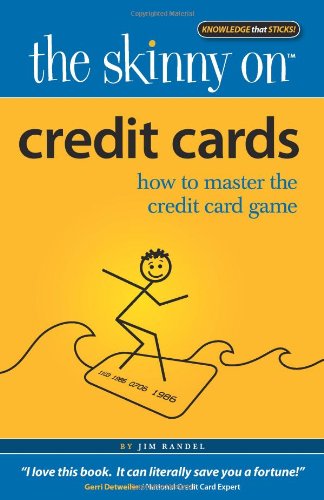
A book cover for The Skinny on Credit Cards: How to Master the Credit Card Game; Jim Randel; Business & Money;